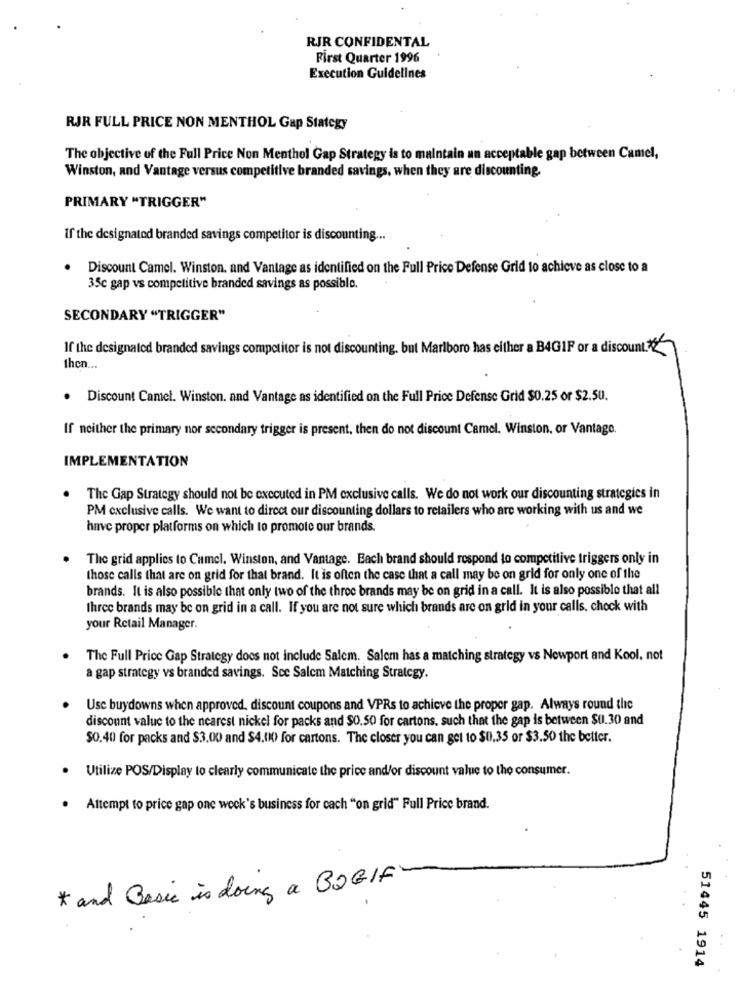
RJR CONFIDENTAL
First Quarter 1996
Execution Guidelines
RJR FULL PRICE NON MENTHOL Gap Stategy
The objective of the Full Price Non Menthol Gap Strategy is to maintain an acceptable gap between Camel,
Winston, and Vantage versus competitive branded savings, when they are discounting.
PRIMARY "TRIGGER"
If the designated branded savings competitor is discounting ...
.
Discount Camel. Winston. and Vantage as identified on the Full Price Defense Grid to achieve as close to a
35c gap vs competitive branded savings as possible.
SECONDARY "TRIGGER"
If the designated branded savings competitor is not discounting. but Marlboro has either a B4GIF or a discount .??
then ...
. Discount Camel. Winston. and Vantage as identified on the Full Price Defense Grid $0.25 or $2.50.
If neither the primary nor secondary trigger is present, then do not discount Camel. Winston, or Vantage.
IMPLEMENTATION
The Gap Strategy should not be executed in PM exclusive calls. We do not work our discounting strategies in
PM exclusive calls. We want to direct our discounting dollars to retailers who are working with us and we
have proper platforms on which to promote our brands.
The grid applies to Cumel. Winston, and Vantage. Each brand should respond to competitive triggers only in
those calls that are on grid for that brand. It is often the case that a call may be on grid for only one of the
brands. It is also possible that only two of the three brands may be on grid in a call. It is also possible that all
three brands may be on grid in a call. If you are not sure which brands are on grid in your calls, chock with
your Retail Manager.
The Full Price Gap Strategy does not include Salem. Salem has a matching strategy vs Newport and Kool. not
a gap strategy vs branded savings. Sce Salem Matching Strategy.
Usc buydowns when approved, discount coupons and VPRs to achieve the proper gap. Always round the
discount value to the nearest nickel for packs and $0.50 for cartons, such that the gap is between $0.30 and
$0.40 for packs and $3.00 and $4.00) for cartons. The closer you can get to $0.35 or $3.50 the better.
. Utilize POS/Display to clearly communicate the price and/or discount value to the consumer.
· Attempt to price gap one week's business for cach "on grid" Full Price brand.
* and Basic is doing a B2GIF
51445 1914